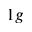
_ { 1 g }